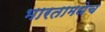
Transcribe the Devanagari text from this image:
भारतामधेच